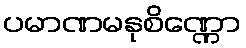
ပမာဏမနုစိဏ္ဏော